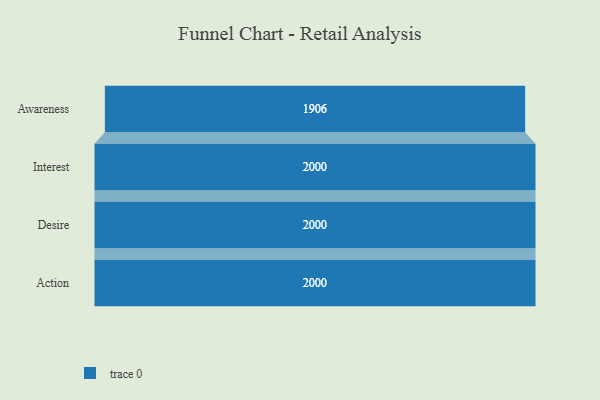
{"axis": {"x": "Stage", "y": "Value"}, "legend": [""], "data": [{"x": "Awareness", "y": 1906.0, "type": ""}, {"x": "Interest", "y": 2000, "type": ""}, {"x": "Desire", "y": 2000, "type": ""}, {"x": "Action", "y": 2000, "type": ""}]}